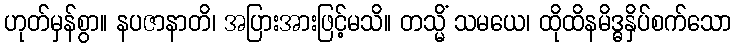
ဟုတ်မှန်စွာ။ နပဇာနာတိ၊ အပြားအားဖြင့်မသိ။ တသ္မိံ သမယေ၊ ထိုထိနမိဒ္ဓနှိပ်စက်သော